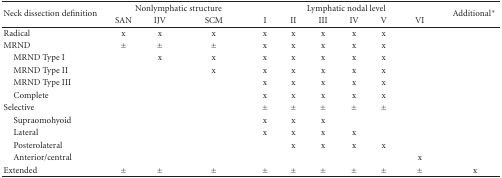
<table><thead><tr><td rowspan="2"><b>Neck dissection definition</b></td><td colspan="3"><b>Nonlymphatic structure</b></td><td colspan="6"><b>Lymphatic nodal level</b></td><td rowspan="2"><b>Additional*</b></td></tr><tr><td><b>SAN</b></td><td><b>IJV</b></td><td><b>SCM</b></td><td><b>I</b></td><td><b>II</b></td><td><b>III</b></td><td><b>IV</b></td><td><b>V</b></td><td><b>VI</b></td></tr></thead><tbody><tr><td>Radical</td><td>x</td><td>x</td><td>x</td><td>x</td><td>x</td><td>x</td><td>x</td><td>x</td><td></td><td></td></tr><tr><td>MRND</td><td>±</td><td>±</td><td>±</td><td>x</td><td>x</td><td>x</td><td>x</td><td>x</td><td></td><td></td></tr><tr><td> MRND Type I</td><td></td><td>x</td><td>x</td><td>x</td><td>x</td><td>x</td><td>x</td><td>x</td><td></td><td></td></tr><tr><td> MRND Type II</td><td></td><td></td><td>x</td><td>x</td><td>x</td><td>x</td><td>x</td><td>x</td><td></td><td></td></tr><tr><td> MRND Type III</td><td></td><td></td><td></td><td>x</td><td>x</td><td>x</td><td>x</td><td>x</td><td></td><td></td></tr><tr><td> Complete</td><td></td><td></td><td></td><td>x</td><td>x</td><td>x</td><td>x</td><td>x</td><td></td><td></td></tr><tr><td>Selective</td><td></td><td></td><td></td><td>±</td><td>±</td><td>±</td><td>±</td><td>±</td><td></td><td></td></tr><tr><td> Supraomohyoid</td><td></td><td></td><td></td><td>x</td><td>x</td><td>x</td><td></td><td></td><td></td><td></td></tr><tr><td> Lateral</td><td></td><td></td><td></td><td>x</td><td>x</td><td>x</td><td>x</td><td></td><td></td><td></td></tr><tr><td> Posterolateral</td><td></td><td></td><td></td><td></td><td>x</td><td>x</td><td>x</td><td>x</td><td></td><td></td></tr><tr><td> Anterior/central</td><td></td><td></td><td></td><td></td><td></td><td></td><td></td><td></td><td>x</td><td></td></tr><tr><td>Extended</td><td>±</td><td>±</td><td>±</td><td>±</td><td>±</td><td>±</td><td>±</td><td>±</td><td>±</td><td>x</td></tr></tbody></table>